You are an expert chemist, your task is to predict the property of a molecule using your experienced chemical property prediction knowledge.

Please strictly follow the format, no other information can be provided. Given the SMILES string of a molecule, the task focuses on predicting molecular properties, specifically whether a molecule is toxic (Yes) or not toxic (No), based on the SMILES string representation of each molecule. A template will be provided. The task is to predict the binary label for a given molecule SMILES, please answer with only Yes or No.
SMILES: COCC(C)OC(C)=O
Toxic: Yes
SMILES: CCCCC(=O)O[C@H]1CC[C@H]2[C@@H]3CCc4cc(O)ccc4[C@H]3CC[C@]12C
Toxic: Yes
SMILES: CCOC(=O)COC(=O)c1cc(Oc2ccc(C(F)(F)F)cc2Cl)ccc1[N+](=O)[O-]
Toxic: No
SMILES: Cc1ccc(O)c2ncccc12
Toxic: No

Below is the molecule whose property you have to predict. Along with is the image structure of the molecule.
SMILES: COP(=O)(O)OP(=O)(O)OC
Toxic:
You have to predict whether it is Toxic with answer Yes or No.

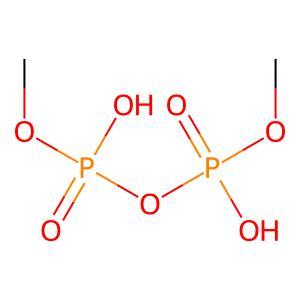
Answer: No